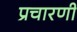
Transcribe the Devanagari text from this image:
प्रचारणी